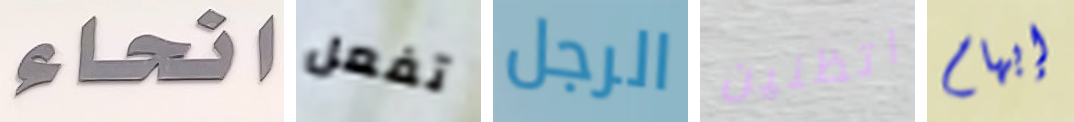
انحاء تفعل الرجل اتظنين إبهام